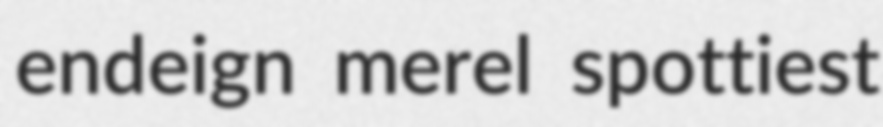
endeign merel spottiest